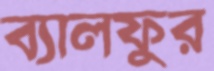
ব্যালফুর